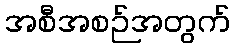
အစီအစဉ်အတွက်